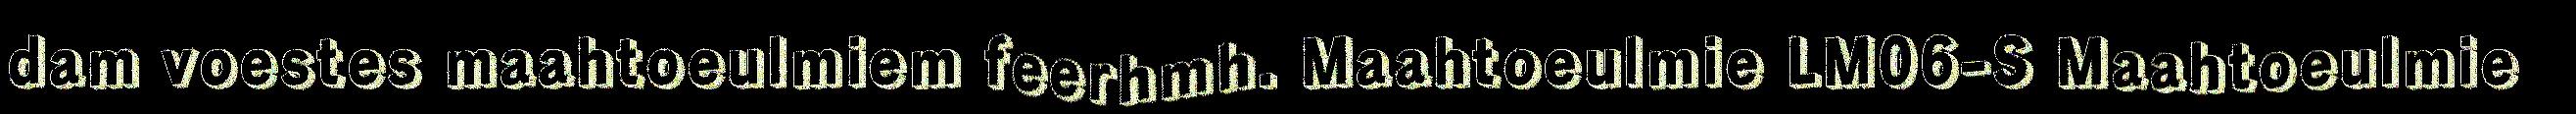
dam voestes maahtoeulmiem feerhmh. Maahtoeulmie LM06-S Maahtoeulmie